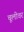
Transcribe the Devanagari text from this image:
चूलीवर